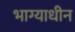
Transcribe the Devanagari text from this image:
भाग्याधीन